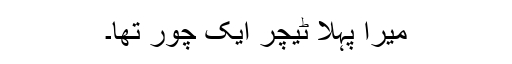
میرا پہلا ٹیچر ایک چور تھا۔